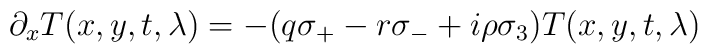
\partial_x T(x,y,t,\lambda) = -(q\sigma_+ - r\sigma_- +i\rho \sigma_3)T(x,y,t,\lambda)